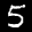
Label: 5